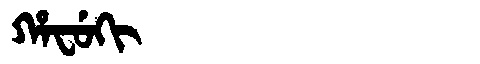
Manchu: ᡥᠠᠸᡠᡴᡳ
Romanization: HAFUKI